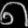
Digit: ၈